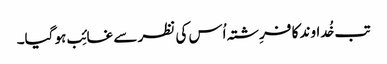
تب خُداوند کا فرِشتہ اُس کی نظر سے غائِب ہو گیا۔